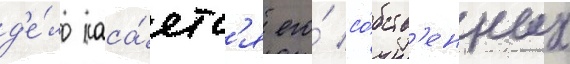
д'е́ло каса́етс'я его́ со́бств'енных